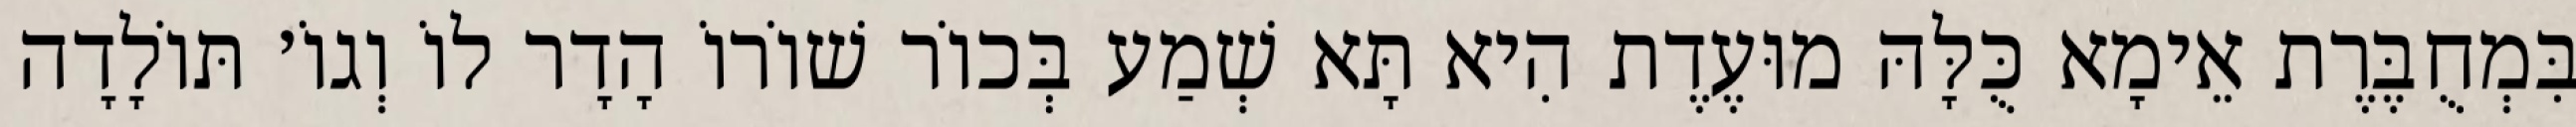
בִּמְחֻבֶּרֶת אֵימָא כֻּלָּהּ מוּעֶדֶת הִיא תָּא שְׁמַע בְּכוֹר שׁוֹרוֹ הָדָר לוֹ וְגוֹ׳ תּוֹלָדָה